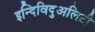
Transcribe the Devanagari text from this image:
इन्दिविदुअलिटी